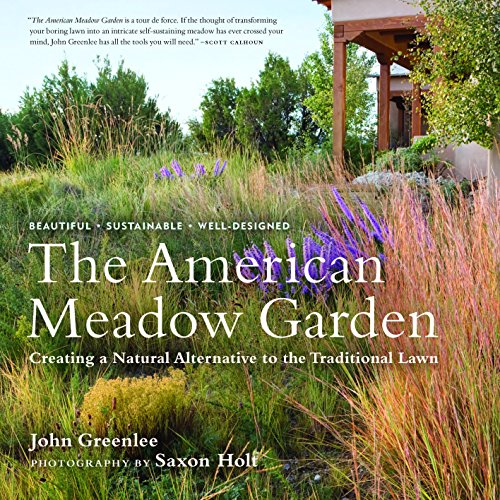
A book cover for The American Meadow Garden: Creating a Natural Alternative to the Traditional Lawn; John Greenlee; Crafts, Hobbies & Home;